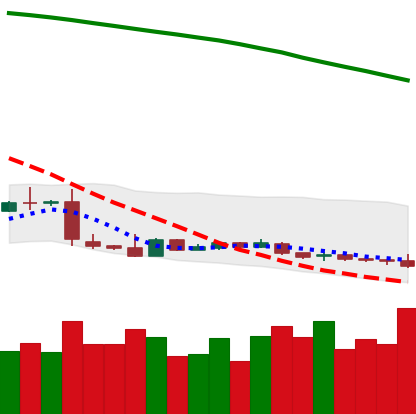
Ticker: XLM-USD
Chart end date: 2019-01-26
Forward return: -17.381%
Label: down_7plus